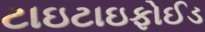
ટાઇટાઇફોઈડ